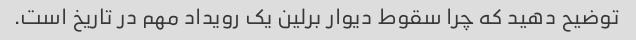
توضیح دهید که چرا سقوط دیوار برلین یک رویداد مهم در تاریخ است.